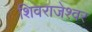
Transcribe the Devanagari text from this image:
शिवराजेश्वर